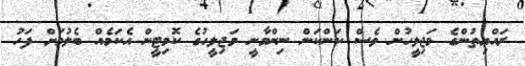
ރައްޔިތުންގެ މަޖިލީހުން ވެސް ކަންކަން ނިންމާނީ މަޖިލީހުގެ ކޮމިޓީން އެކަމެއް ބެލުމަށް ފަހު